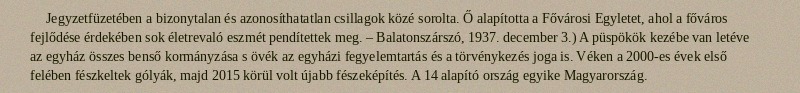
Jegyzetfüzetében a bizonytalan és azonosíthatatlan csillagok közé sorolta. Ő alapította a Fővárosi Egyletet, ahol a főváros fejlődése érdekében sok életrevaló eszmét pendítettek meg. – Balatonszárszó, 1937. december 3.) A püspökök kezébe van letéve az egyház összes benső kormányzása s övék az egyházi fegyelemtartás és a törvénykezés joga is. Véken a 2000-es évek első felében fészkeltek gólyák, majd 2015 körül volt újabb fészeképítés. A 14 alapító ország egyike Magyarország.